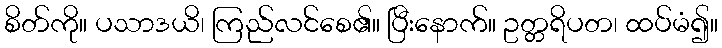
စိတ်ကို။ ပသာဒယိ၊ ကြည်လင်စေ၏။ ပြီးနောက်။ ဥတ္တရိပတ၊ ထပ်မံ၍။